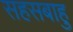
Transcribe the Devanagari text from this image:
सहसबाहु